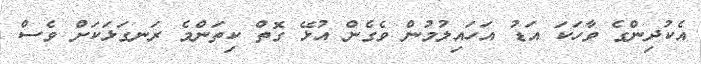
އެކުދިންގެ ވާހަކަ އަޑު އަހައިލުމުން ވެގެން އުޅޭ ގޮތް ކިތަންމެ ރަނގަޅަކަށް ވެސް